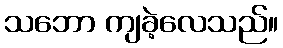
သဘော ကျခဲ့လေသည်။